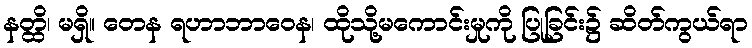
နတ္ထိ၊ မရှိ။ တေန ရဟာဘာဝေန၊ ထိုသို့မကောင်းမှုကို ပြုခြင်း၌ ဆိတ်ကွယ်ရာ